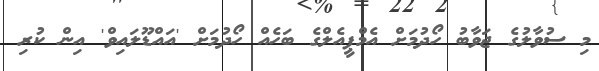
މި ސުވާލުގެ ޖަވާބު ހޯދުމަށް އެމްޕީއެލްގެ ބަހެއް ހޯދުމަށް 'އައްޑޫލައިވް' އިން ކުރި